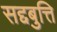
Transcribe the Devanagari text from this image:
सद्दबुत्ति